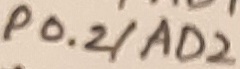
Text: P0.2/AD2